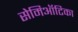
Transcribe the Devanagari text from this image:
सेमिऑटिका